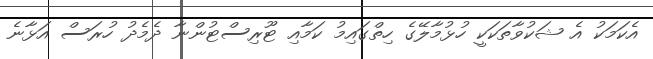
އެކަމަކު އެ ޝަކުވާތަކަކީ ހުޅުމާލޭގެ ހިތްގައިމު ކަމާއި ޓޫރިސްޓުންނާ ދެމެދު ހުރަސް އަޅާނެ